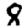
Digit: 8